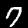
Label: 7